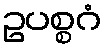
ဥပစ္စဂံ